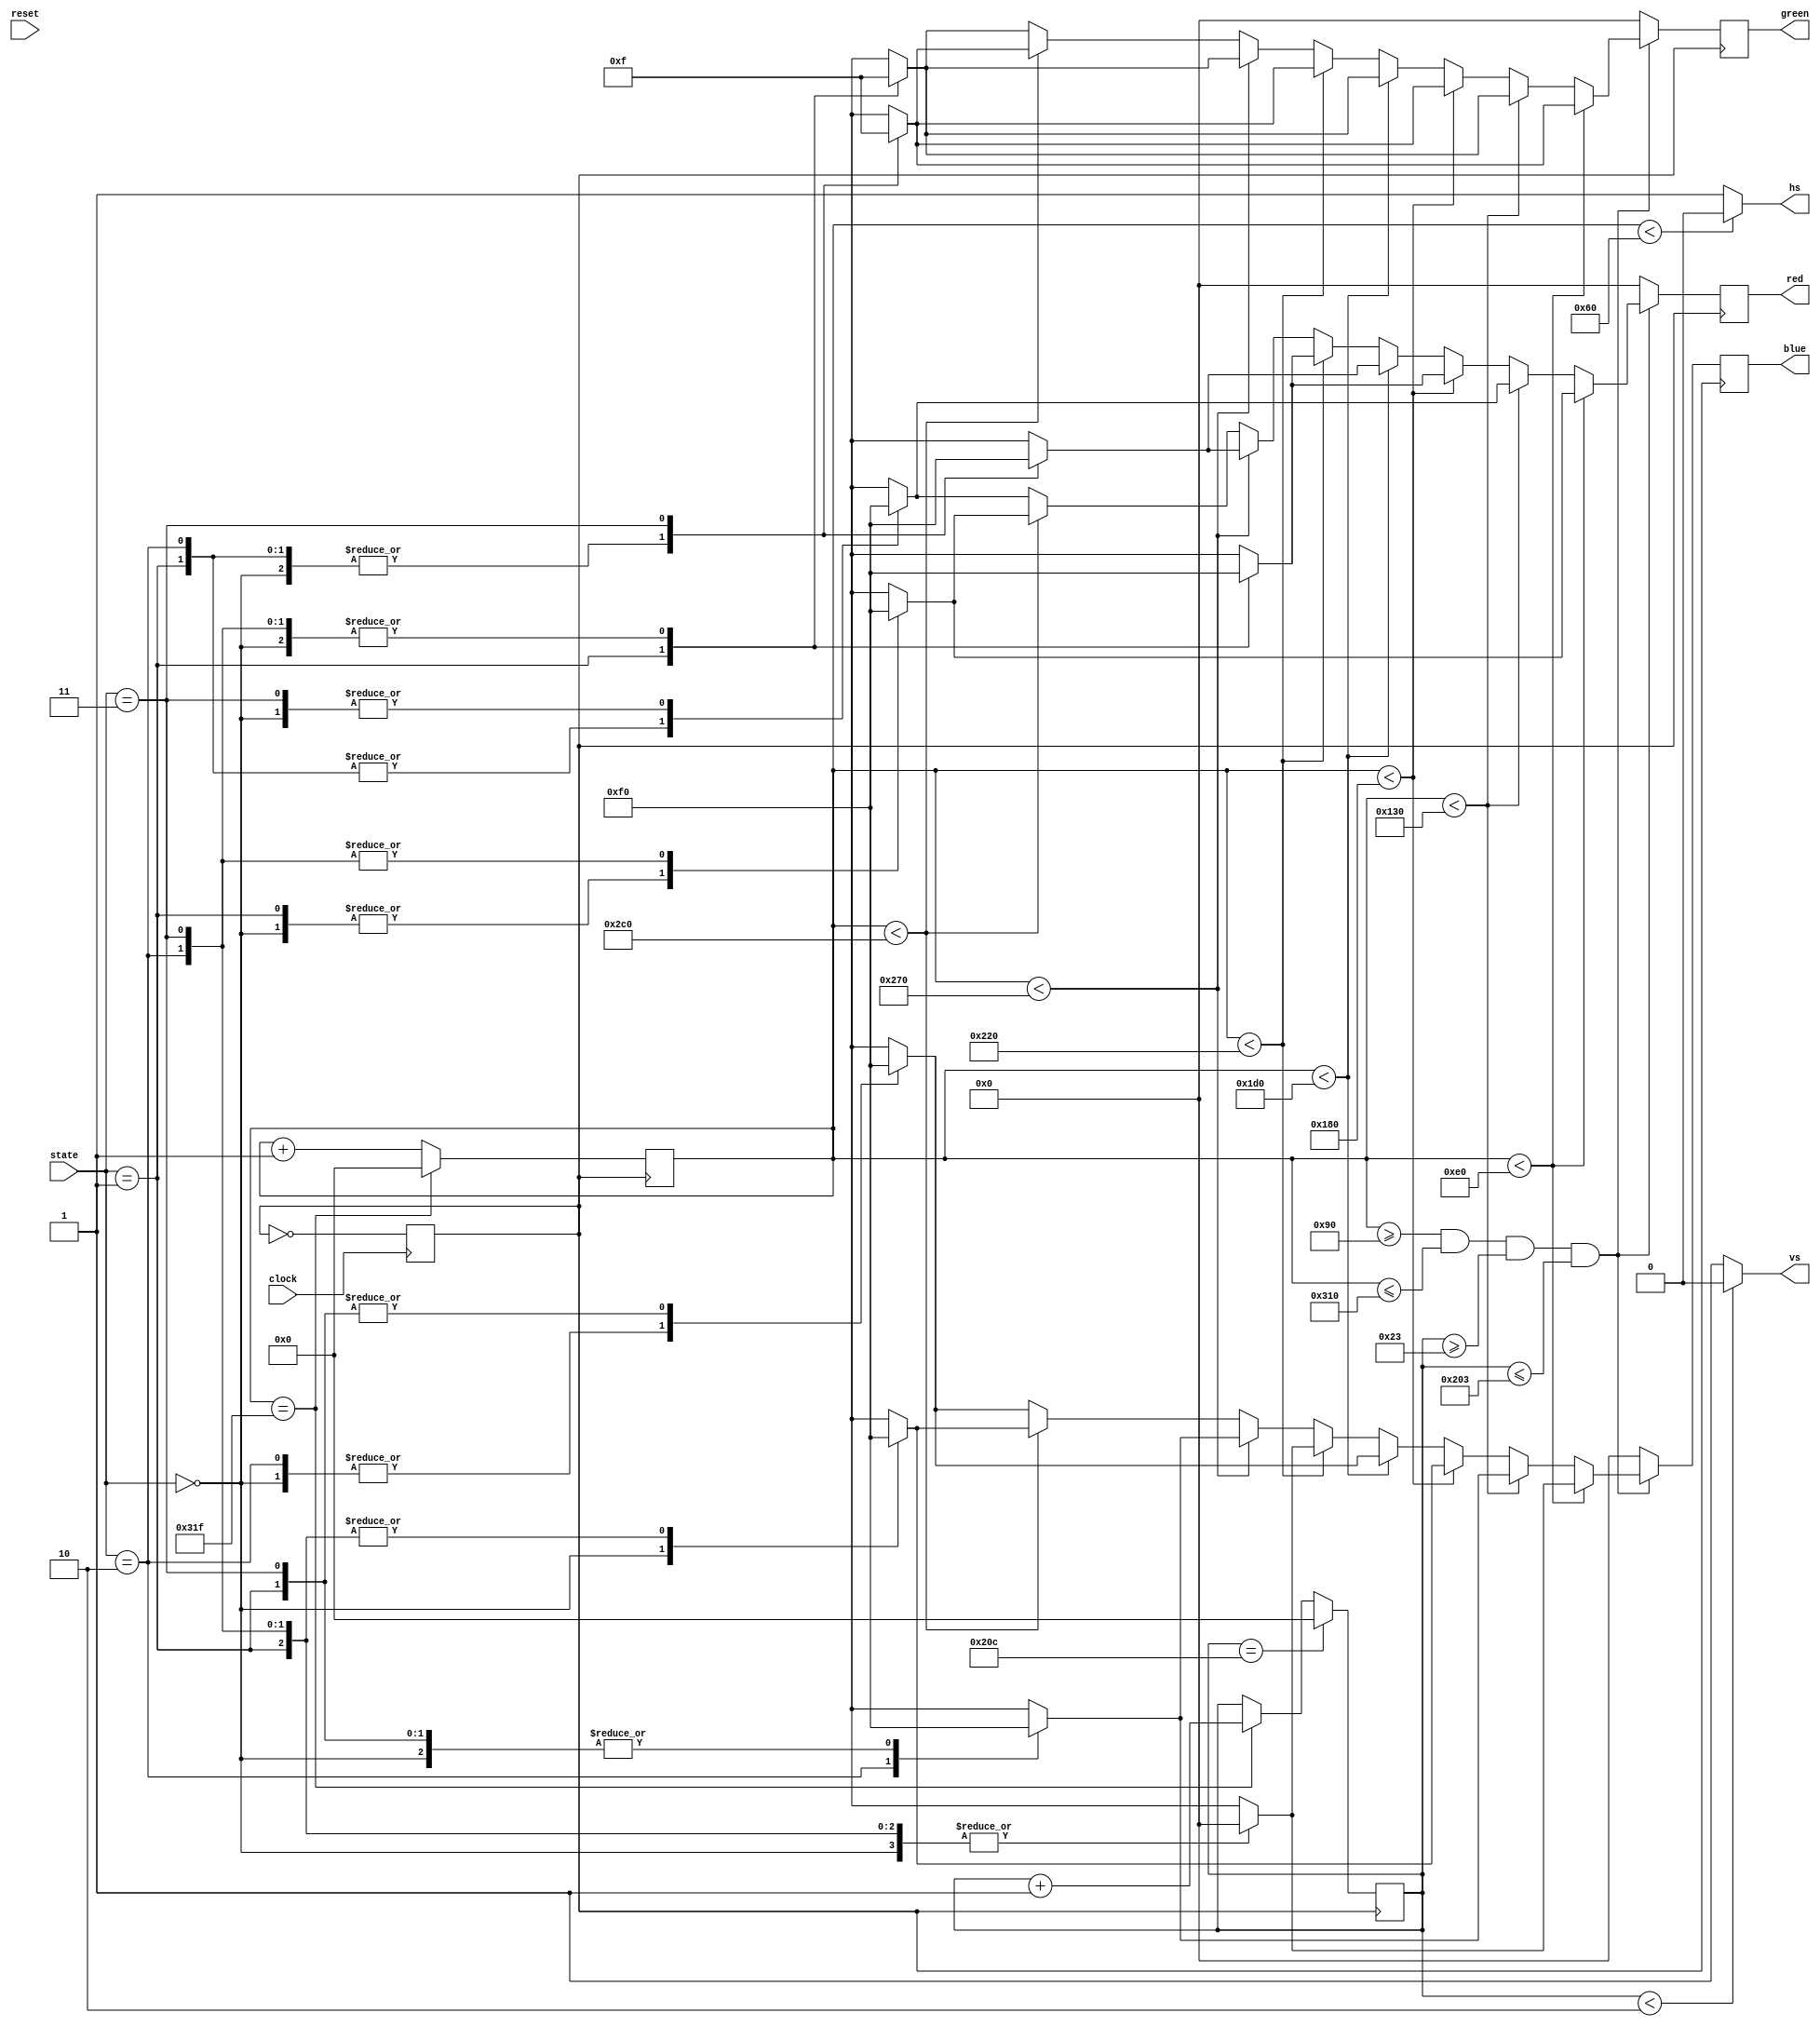
module vga(clock, reset, state, red, green, blue, hs, vs);
input clock, reset;
input [1:0] state;
output [3:0] red;
output [3:0] green;
output [3:0] blue;
output hs, vs;
reg [3:0] red, green, blue;
reg [3:0] r_counter, g_counter, b_counter;
reg [11:0] h_cnt; 
reg [11:0] v_cnt; 
reg clk_25M;
wire active_flag;

parameter running = 0, hit = 1, fail = 2, ending = 3;
parameter H_SYNC_PULSE = 96, H_LINE_PERIOD = 800, 
			H_BACK_PORCH = 48, H_ACTIVE_TIME = 640, H_FRONT_PORCH = 16;
parameter V_SYNC_PULSE = 2, V_FRAME_PERIOD = 525, 
			V_BACK_PORCH = 33, V_ACTIVE_TIME = 480, V_FRONT_PORCH = 10;
parameter COLOR_BAR_WIDTH = H_ACTIVE_TIME/8  ; 
                
always @(posedge clock)
begin
    clk_25M <= ~clk_25M;     
end

always @(posedge clk_25M)
begin
    if(h_cnt == H_LINE_PERIOD - 1'b1)
        h_cnt <= 12'd0   ;
    else
        h_cnt <= h_cnt + 1'b1  ;                
end                
assign hs = (h_cnt < H_SYNC_PULSE) ? 1'b0 : 1'b1; 

always @(posedge clk_25M)
begin
    if(v_cnt == V_FRAME_PERIOD - 1'b1)
        v_cnt <=  12'd0   ;
    else if(h_cnt == H_LINE_PERIOD - 1'b1)
        v_cnt <=  v_cnt + 1'b1  ;
    else
        v_cnt <=  v_cnt ;                        
end                
assign vs = (v_cnt < V_SYNC_PULSE) ? 1'b0 : 1'b1; 

assign active_flag = (h_cnt >= (H_SYNC_PULSE + H_BACK_PORCH)) && 
							(h_cnt <= (H_SYNC_PULSE + H_BACK_PORCH + H_ACTIVE_TIME)) && 
                     (v_cnt >= (V_SYNC_PULSE + V_BACK_PORCH)) &&
							(v_cnt <= (V_SYNC_PULSE + V_BACK_PORCH + V_ACTIVE_TIME));
							

always @(posedge clk_25M)
begin
	if(active_flag)     
	begin
		if(h_cnt < (H_SYNC_PULSE + H_BACK_PORCH + COLOR_BAR_WIDTH)) // red
		begin
			case(state)
				running: begin
					red <= 4'b1111;
					green <= 4'b0000;
					blue <= 4'b0000; 
				end
				hit: begin
					red <= 4'b1111;
					green <= 4'b0000;
					blue <= 4'b0000; 
				end
				fail: begin
					red <= 4'b0000;
					green <= 4'b0000;
					blue <= 4'b0000; 
				end
				ending: begin
					red <= 4'b0000;
					green <= 4'b1111;
					blue <= 4'b0000; 
				end
				default: begin
					red <= 4'b1111;
					green <= 4'b1111;
					blue <= 4'b1111; 
				end
			endcase
		end
		else if(h_cnt < (H_SYNC_PULSE + H_BACK_PORCH + COLOR_BAR_WIDTH*2)) // green
		begin
			case(state)
				running: begin
					red <= 4'b0000;
					green <= 4'b1111;
					blue <= 4'b0000; 
				end
				hit: begin
					red <= 4'b1111;
					green <= 4'b0000;
					blue <= 4'b0000; 
				end
				fail: begin
					red <= 4'b1111;
					green <= 4'b1111;
					blue <= 4'b1111; 
				end
				ending: begin
					red <= 4'b0000;
					green <= 4'b1111;
					blue <= 4'b0000; 
				end
				default: begin
					red <= 4'b1111;
					green <= 4'b1111;
					blue <= 4'b1111; 
				end
			endcase
		end 
		else if(h_cnt < (H_SYNC_PULSE + H_BACK_PORCH + COLOR_BAR_WIDTH*3)) // blue
		begin
			case(state)
				running: begin
					red <= 4'b0000;
					green <= 4'b0000;
					blue <= 4'b1111;
				end
				hit: begin
					red <= 4'b1111;
					green <= 4'b0000;
					blue <= 4'b0000; 
				end
				fail: begin
					red <= 4'b0000;
					green <= 4'b0000;
					blue <= 4'b0000; 
				end
				ending: begin
					red <= 4'b0000;
					green <= 4'b1111;
					blue <= 4'b0000; 
				end
				default: begin
					red <= 4'b1111;
					green <= 4'b1111;
					blue <= 4'b1111; 
				end
			endcase
		end
		else if(h_cnt < (H_SYNC_PULSE + H_BACK_PORCH + COLOR_BAR_WIDTH*4)) // white
		begin
			case(state)
				running: begin
					red <= 4'b1111;
					green <= 4'b1111;
					blue <= 4'b1111; 
				end
				hit: begin
					red <= 4'b1111;
					green <= 4'b0000;
					blue <= 4'b0000; 
				end
				fail: begin
					red <= 4'b1111;
					green <= 4'b1111;
					blue <= 4'b1111; 
				end
				ending: begin
					red <= 4'b0000;
					green <= 4'b1111;
					blue <= 4'b0000; 
				end
				default: begin
					red <= 4'b1111;
					green <= 4'b1111;
					blue <= 4'b1111; 
				end
			endcase
		end 
		else if(h_cnt < (H_SYNC_PULSE + H_BACK_PORCH + COLOR_BAR_WIDTH*5)) // black
		begin
			case(state)
				running: begin
					red <= 4'b0000;
					green <= 4'b0000;
					blue <= 4'b0000; 
				end
				hit: begin
					red <= 4'b1111;
					green <= 4'b0000;
					blue <= 4'b0000; 
				end
				fail: begin
					red <= 4'b0000;
					green <= 4'b0000;
					blue <= 4'b0000; 
				end
				ending: begin
					red <= 4'b0000;
					green <= 4'b1111;
					blue <= 4'b0000; 
				end
				default: begin
					red <= 4'b1111;
					green <= 4'b1111;
					blue <= 4'b1111; 
				end
			endcase
		end 
		else if(h_cnt < (H_SYNC_PULSE + H_BACK_PORCH + COLOR_BAR_WIDTH*6)) // yellow
		begin
			case(state)
				running: begin
					red <= 4'b1111;
					green <= 4'b1111;
					blue <= 4'b0000; 
				end
				hit: begin
					red <= 4'b1111;
					green <= 4'b0000;
					blue <= 4'b0000; 
				end
				fail: begin
					red <= 4'b1111;
					green <= 4'b1111;
					blue <= 4'b1111; 
				end
				ending: begin
					red <= 4'b0000;
					green <= 4'b1111;
					blue <= 4'b0000; 
				end
				default: begin
					red <= 4'b1111;
					green <= 4'b1111;
					blue <= 4'b1111; 
				end
			endcase
		end 
		else if(h_cnt < (H_SYNC_PULSE + H_BACK_PORCH + COLOR_BAR_WIDTH*7)) // purple
		begin
			case(state)
				running: begin
					red <= 4'b1111;
					green <= 4'b0000;
					blue <= 4'b1111; 
				end
				hit: begin
					red <= 4'b1111;
					green <= 4'b0000;
					blue <= 4'b0000; 
				end
				fail: begin
					red <= 4'b0000;
					green <= 4'b0000;
					blue <= 4'b0000; 
				end
				ending: begin
					red <= 4'b0000;
					green <= 4'b1111;
					blue <= 4'b0000; 
				end
				default: begin
					red <= 4'b1111;
					green <= 4'b1111;
					blue <= 4'b1111; 
				end
			endcase
		end	
		else    	// green+blue
		begin
			case(state)
				running: begin
					red <= 4'b0000;
					green <= 4'b1111;
					blue <= 4'b1111; 
				end
				hit: begin
					red <= 4'b1111;
					green <= 4'b0000;
					blue <= 4'b0000; 
				end
				fail: begin
					red <= 4'b1111;
					green <= 4'b1111;
					blue <= 4'b1111; 
				end
				ending: begin
					red <= 4'b0000;
					green <= 4'b1111;
					blue <= 4'b0000; 
				end
				default: begin
					red <= 4'b1111;
					green <= 4'b1111;
					blue <= 4'b1111; 
				end
			endcase
		end       	            
	end
	else
	begin
		red <= 4'b0000;
		green <= 4'b0000;
		blue <= 4'b0000;
	end           
end
endmodule